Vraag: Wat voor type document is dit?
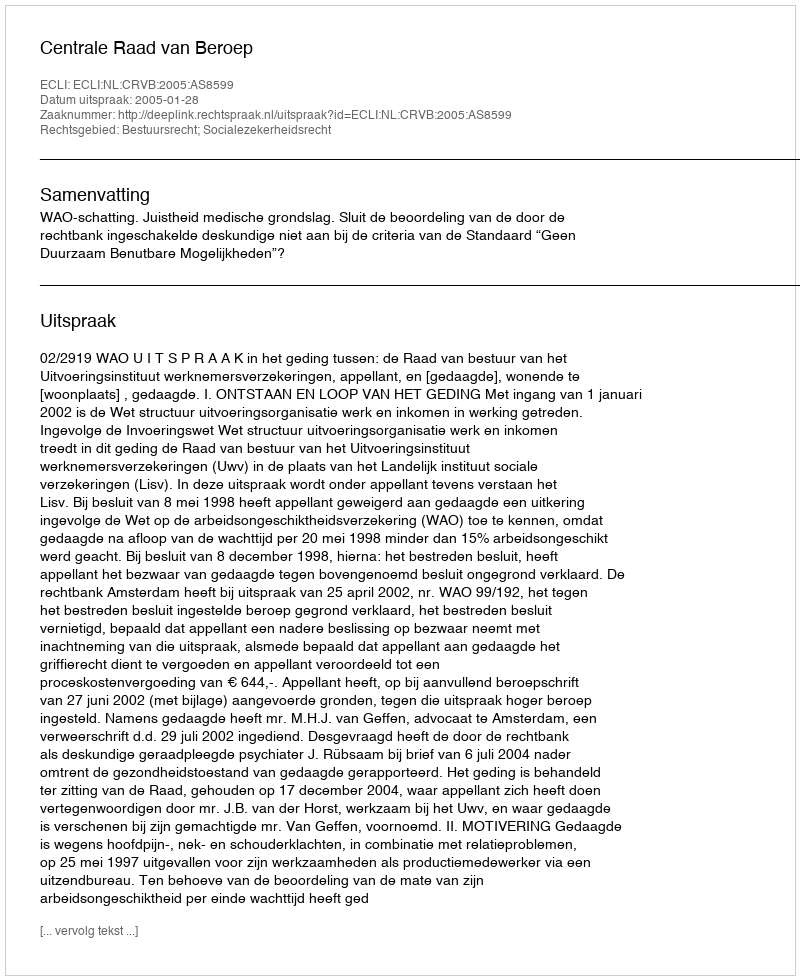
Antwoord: Uitspraak